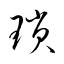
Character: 瑣